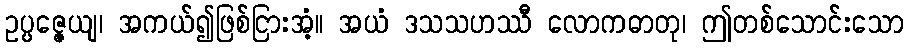
ဥပ္ပဇ္ဇေယျ၊ အကယ်၍ဖြစ်ငြားအံ့။ အယံ ဒသသဟဿီ လောကဓာတု၊ ဤတစ်သောင်းသော